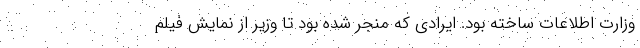
وزارت اطلاعات ساخته بود. ایرادی که منجر شده بود تا وزیر از نمایش فیلم